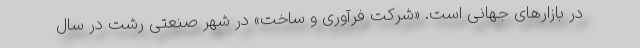
در بازارهای جهانی است. «شرکت فرآوری و ساخت» در شهر صنعتی رشت در سال